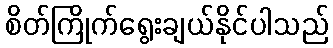
စိတ်ကြိုက်ရွေးချယ်နိုင်ပါသည်